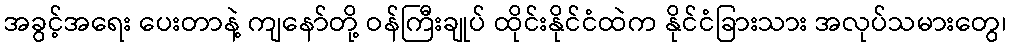
အခွင့်အရေး ပေးတာနဲ့ ကျနော်တို့ ဝန်ကြီးချုပ် ထိုင်းနိုင်ငံထဲက နိုင်ငံခြားသား အလုပ်သမားတွေ၊